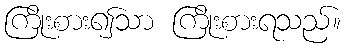
ကြိုးစား၍သာ ကြိုးစားရသည်။